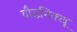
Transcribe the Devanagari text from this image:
बौद्धभिक्खू